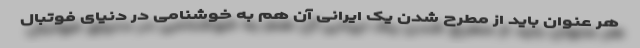
هر عنوان باید از مطرح شدن یک ایرانی آن هم به خوشنامی در دنیای فوتبال